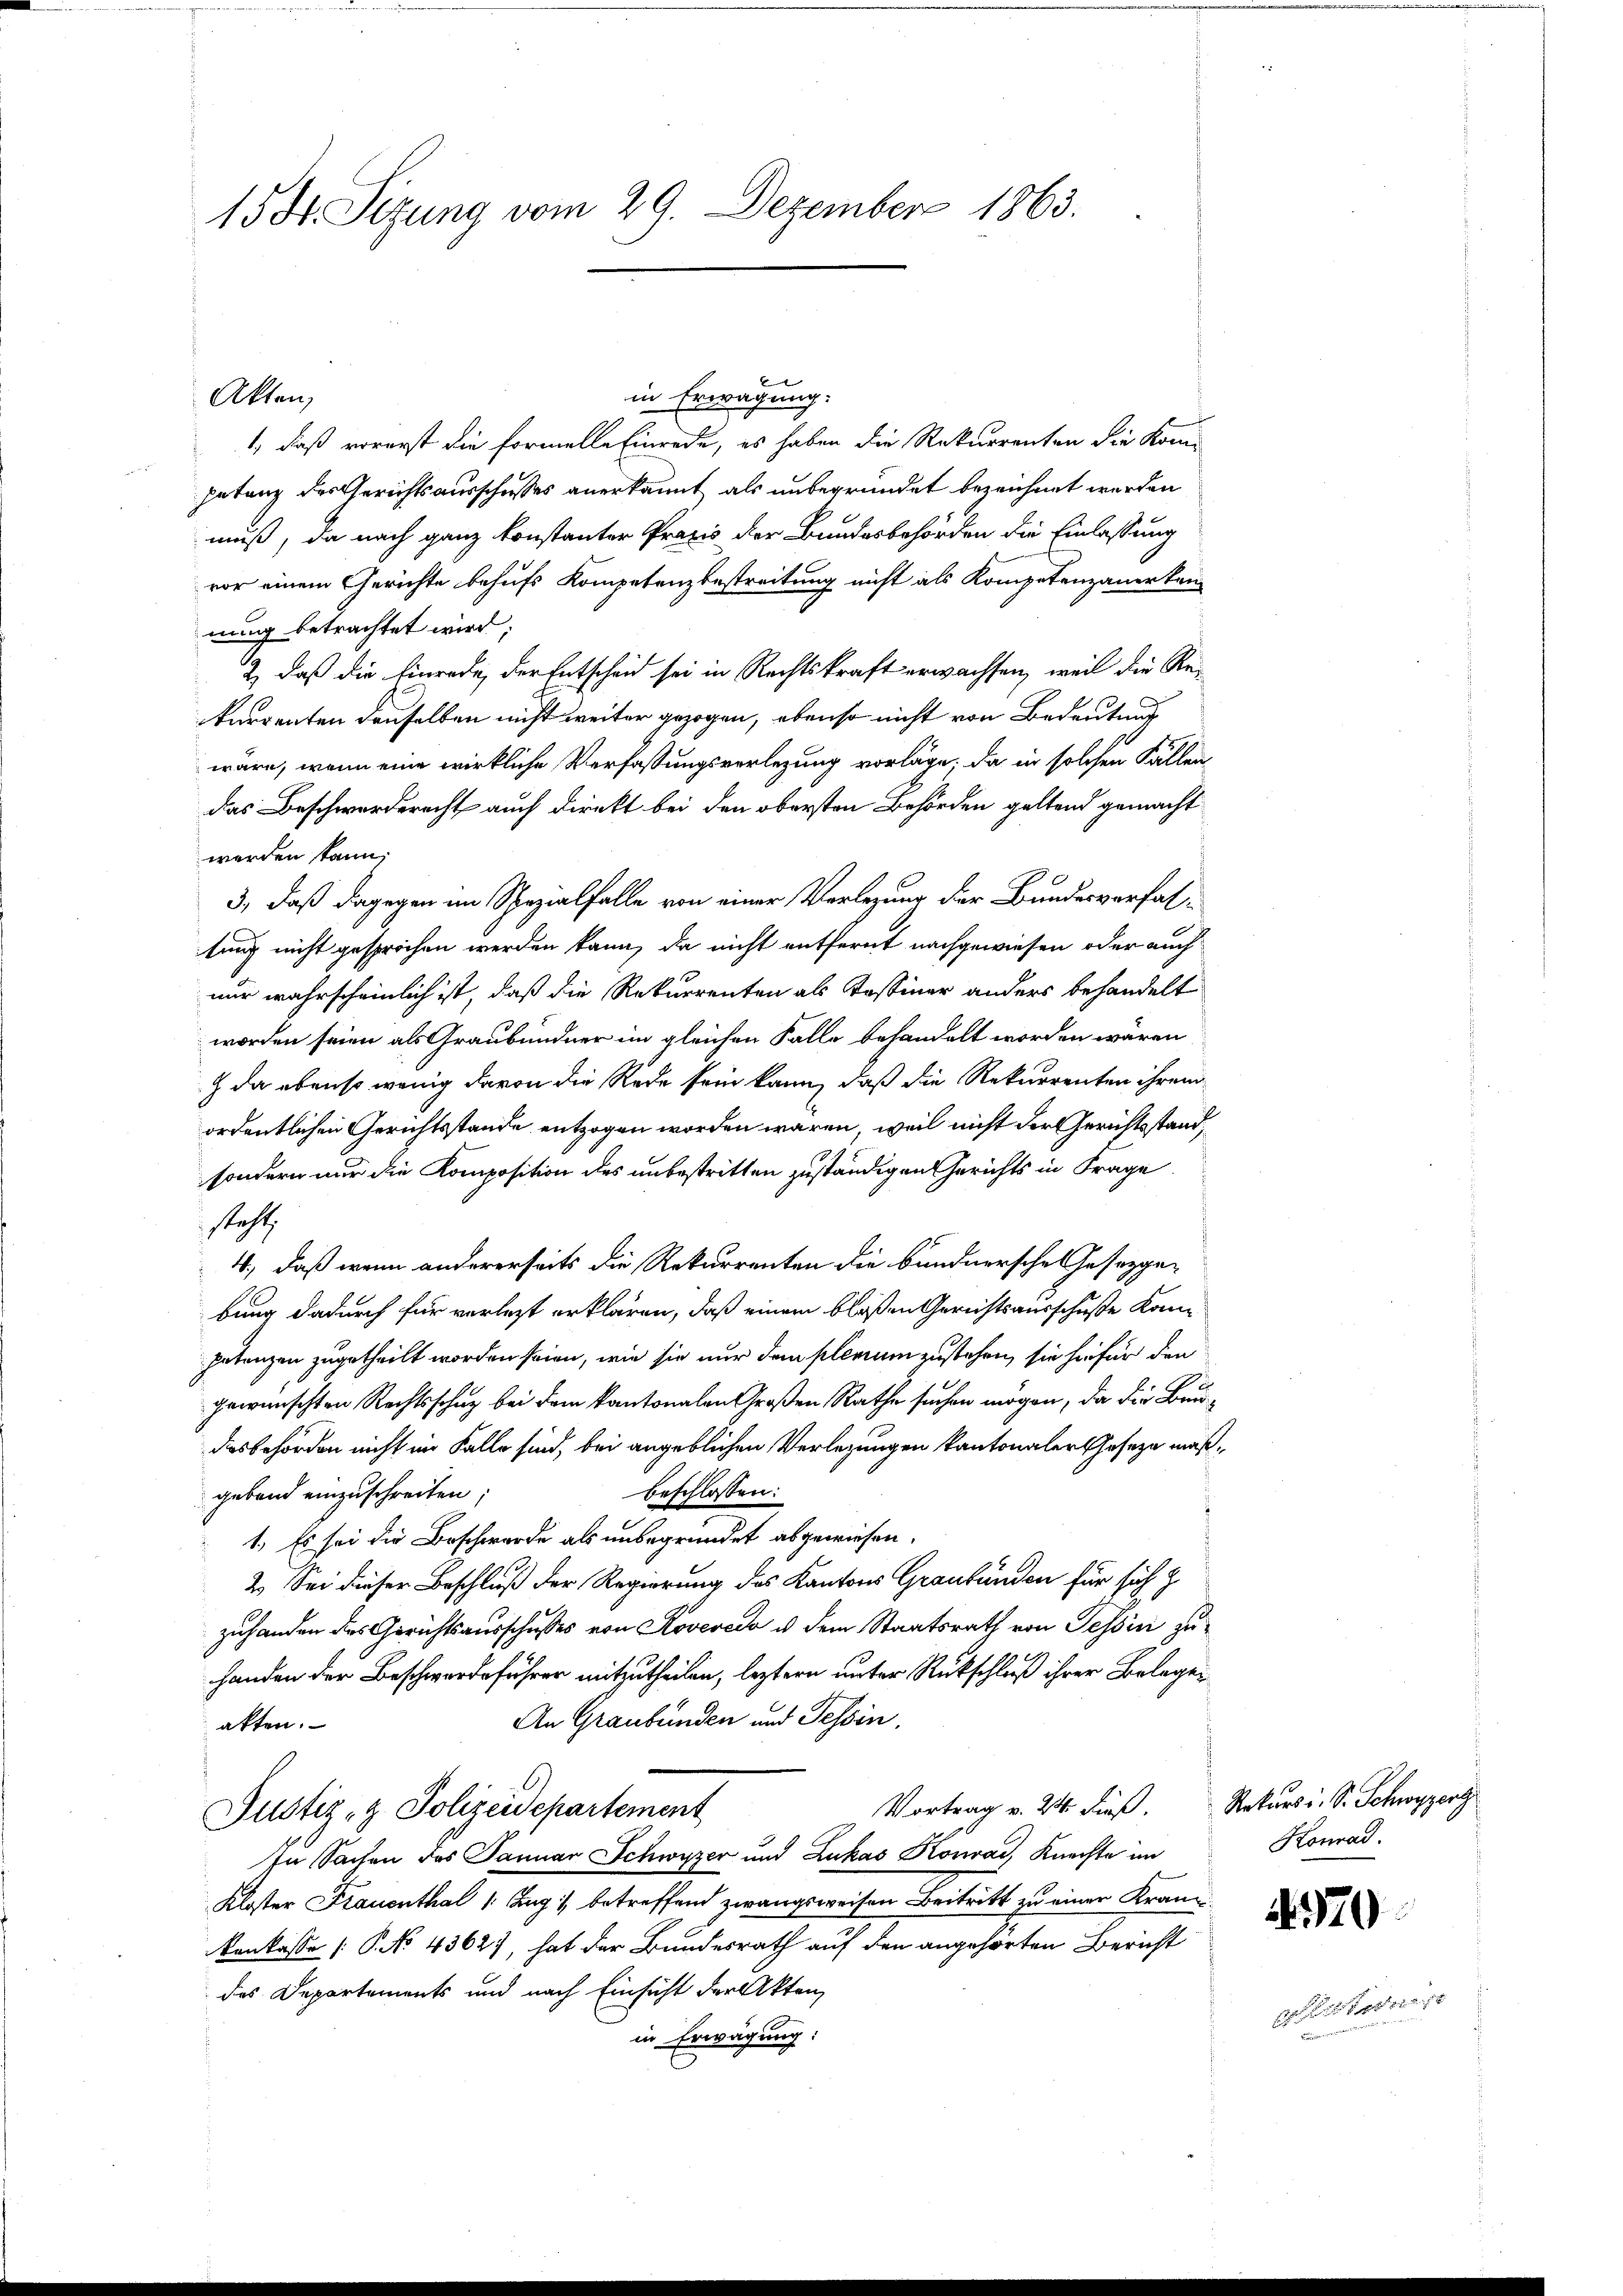
15 Fr. Sitzung vom 29. Dezember 1863.

in Erwägung:
1, daß vorerst die formelle Einrede, es haben die Rekurrenten die Komgetanz des Gerichtsausschusses anerkannt als unbegründet bezeichnet werden
muß, da nach ganz konstanter Praxis der Bundesbehörden die Einlassung
vor einem Gerichte behufs Kompetenzbestreitung nicht als Kompetenzanerken
nung betrachtet wird;
2) daß die Einrede, der Entscheid sei in Rechtskraft erwachsen, weil die Rekurrenten denselben nicht weiter gezogen, ebenso nicht von Bedeutung
wäre, wenn eine wirkliche Verfassungsverlegung vorlage, da in solchen Fällen
das Beschwerderecht auch direkt bei den obersten Behörden geltend gemacht
werden kann;
3., daß dagegen im Spezialfalle von einer Verlegung der Bundesverfaltung nicht gesprochen werden kann, da nicht entfernt nachgewiesen oder auch
nur wahrscheinlich ist, daß die Rekurrenten als Tessiner anders behandelt
worden seien als Graubündner im gleichen Falle behandelt worden wären
 da ebenso wenig davon die Rede sein kann, daß die Rekurrenten ihrem
ordentlichen Gerichtsstande entzogen worden wären, weil nicht der Gerichtsstand,
sondern nur die Komposition des unbestritten zuständigen Gerichts in Frage
steht,
4., daß wenn andererseits die Rekurrenten die bundnersche Gesetzgebung dadurch für vorlegt erklären, daß einem bloßen Gerichtsausschuße Kanpetanzen zugetheilt worden seien, wie sie nur den plenum zustehen, sie hiefür den
gewünschten Rechtsschuz bei dem kantonalen Großen Rathe suchen mögen, da die Baudiesbehörden nicht im Falle sind, bei angeblichen Verlegungen kantonaler Geseze maßbeschlossen:
gebend einzuschreiten;
1. Es sei die Beschwerde als unbegründet abgewiesen.
2. Sei dieser Beschluß der Regierung des Kantons Graubünden für sich z
zuhanden des Gerichtsausschusses von Roveredo u dem Staatsrath von Tessin zu
handen der Beschwerdeführer mitzutheilen, leztern unter Rückschluß ihrer Belegen
An Graubünden und Tessin.
akten.
C.
Vortrag. 24 die Rekursi. S. Schwyzerg
Justiz- & Polizeidepartement
In Sachen das Januar Schwyzer und Zukas Konrad Knechte im
Kloster Frauenthal 1 Tag :/ betreffend zwangsweisen Beitritt zu einer Krankenkasse [P. No 4362), hat der Bundesrath auf den angehörten Bericht
das Departements und nach Einsicht der Akten,
in Erwägung:

Akten,

Konrad

4970

zede